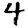
Digit: 4